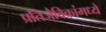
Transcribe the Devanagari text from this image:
प्रतिजैविकांमध्ये